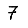
Digit: 7